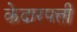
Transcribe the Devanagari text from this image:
केदारपत्ती